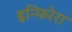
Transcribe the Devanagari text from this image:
इन्फिरेरा